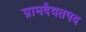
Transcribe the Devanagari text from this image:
ग्रामदैवतपद